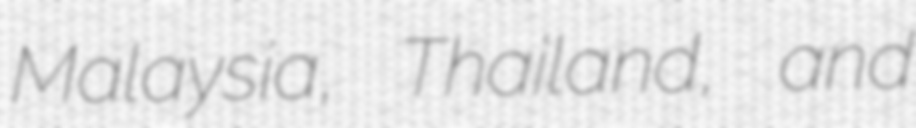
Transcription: Malaysia, Thailand, and